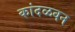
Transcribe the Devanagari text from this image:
कांदळवन